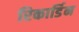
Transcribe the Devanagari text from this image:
रिकार्डिन